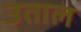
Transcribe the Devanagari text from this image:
उताल